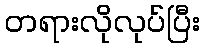
တရားလိုလုပ်ပြီး